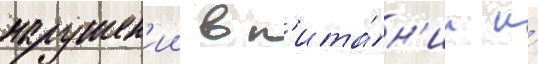
нарушен'ии в п'ита́н'ии и́